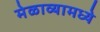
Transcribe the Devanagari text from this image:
मेळाव्यामध्ये